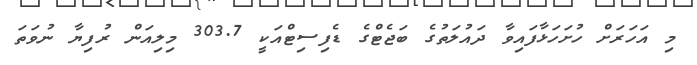
މި އަހަރަށް ހުށަހަޅާފައިވާ ދައުލަތުގެ ބަޖެޓްގެ ޑެފިސިޓްއަކީ 303.7 މިލިއަން ރުފިޔާ ނުވަތަ